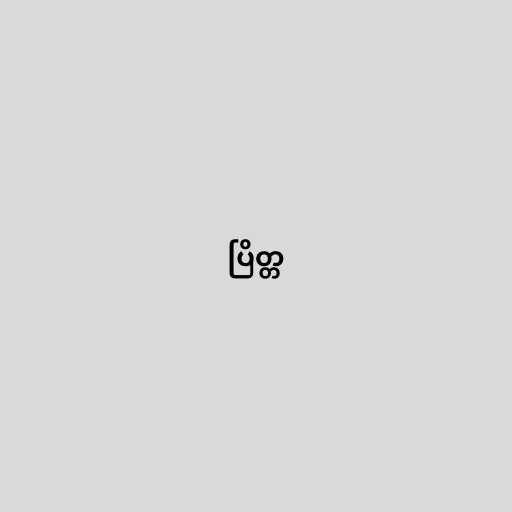
ပြိတ္တ